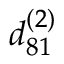
{ d _ { 8 1 } ^ { ( 2 ) } }